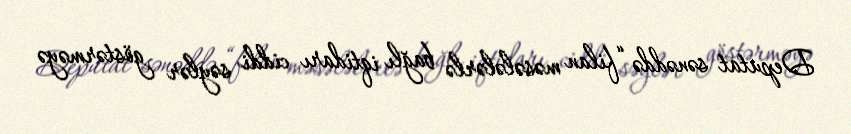
Deputat sənəddə “filan məsələlərlə bağlı iqtidarı ciddi səylər göstərməyə